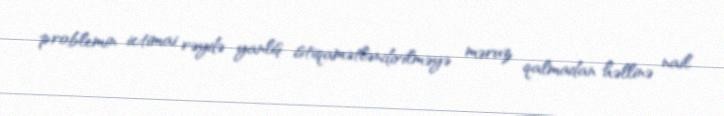
problemin ictimai rəydə yanlış istiqamətləndirilməyə məruz qalmadan həllinə nail